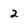
Character: 2